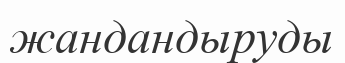
жандандыруды